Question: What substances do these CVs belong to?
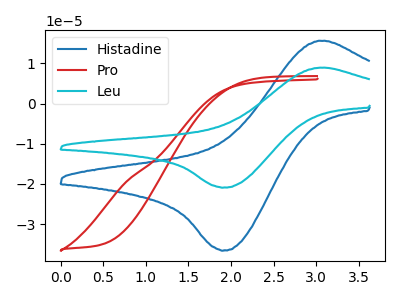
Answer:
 <answer>The blue curve is labeled "Histadine". The red curve is labeled "Pro". The cyan curve is labeled "Leu".</answer>
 <eval></eval>